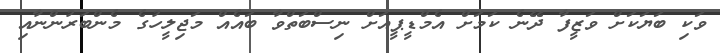
ވަކި ބަޔަކަށް ވަޒީފާ ދޭނެ ކަމަށް އެމްޑީޕީއަށް ނިސްބަތްވާ ބައެއް މަޖިލީހުގެ މެންބަރުންނާއި